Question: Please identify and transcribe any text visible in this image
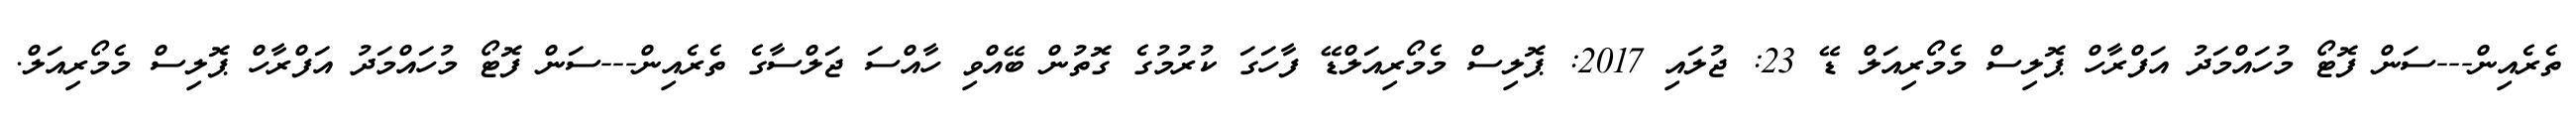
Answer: ތެރެއިން---ސަން ފޮޓޯ މުހައްމަދު އަފްރާހް ޕޮލިސް މެމޯރިއަލް ޑޭ 23: ޖުލައި 2017: ޕޮލިސް މެމޯރިއަލްޑޭ ފާހަގަ ކުރުމުގެ ގޮތުން ބޭއްވި ހާއްސަ ޖަލްސާގެ ތެރެއިން---ސަން ފޮޓޯ މުހައްމަދު އަފްރާހް ޕޮލިސް މެމޯރިއަލް.